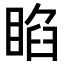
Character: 𥇌